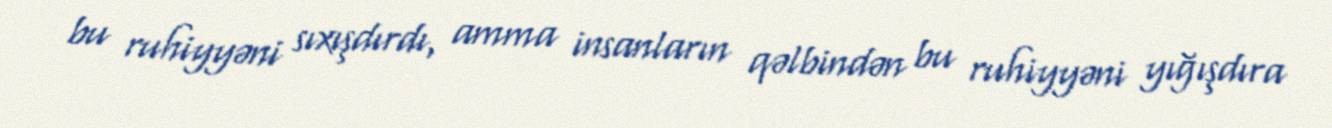
bu ruhiyyəni sıxışdırdı, amma insanların qəlbindən bu ruhiyyəni yığışdıra